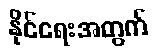
နိုင်ရေးအတွက်